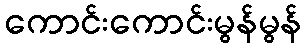
ကောင်းကောင်းမွန်မွန်